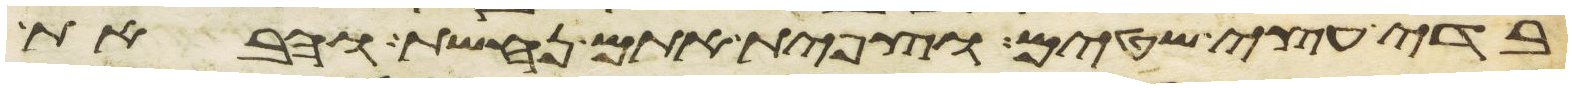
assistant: בדי עצי שטים וצפית אתם נחשת והבאת